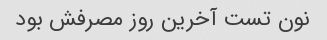
نون تست آخرین روز مصرفش بود